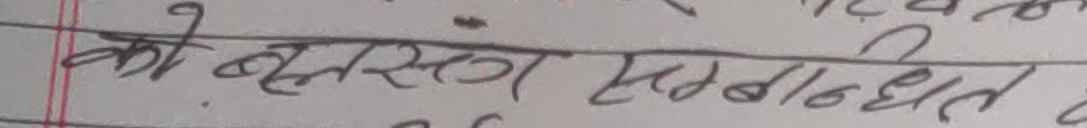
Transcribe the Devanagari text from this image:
को बस्तुसंग सम्बन्धित छ।